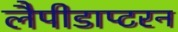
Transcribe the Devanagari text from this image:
लैपीडाप्टरन